Indian journal of veterinary science and animal husbandry - Volumes 28-29, 1958-1959
Year: 1958
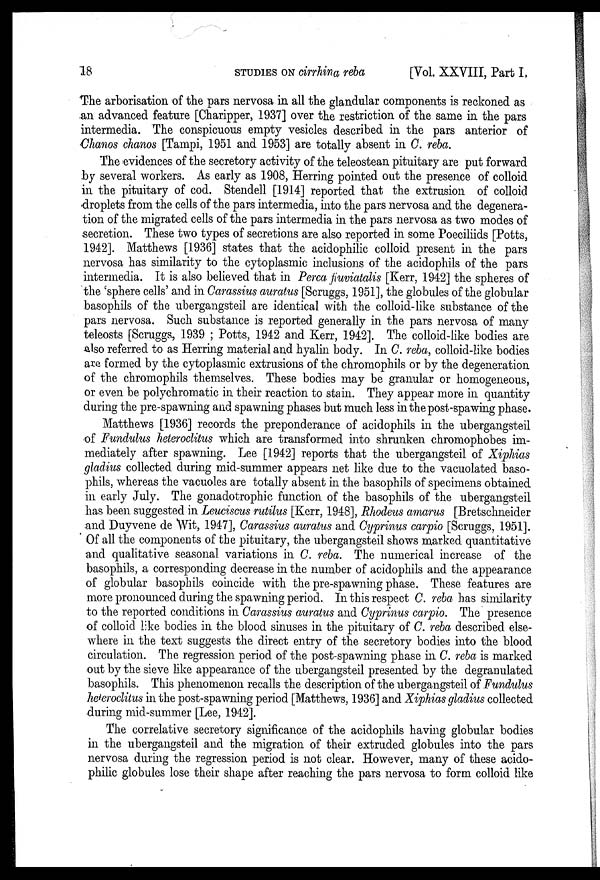
18
STUDIES
ON
cirrhina reba
[Vol. XXVIII, Part I,
The arborisation of the pars nervosa in all the glandular components is reckoned as
an advanced feature [Charipper, 1937] over the restriction of the same in the pars
intermedia. The conspicuous empty vesicles described in the pars anterior of
Chanos chanos [Tampi, 1951 and 1953] are totally absent in C. reba.
The evidences of the secretory activity of the teleostean pituitary are put forward
by several workers. As early as 1908, Herring pointed out the presence of colloid
in the pituitary of cod. Stendell [1914] reported that the extrusion of colloid
droplets from the cells of the pars intermedia, into the pars nervosa and the degenera-
tion of the migrated cells of the pars intermedia in the pars nervosa as two modes of
secretion. These two types of secretions are also reported in some Poeciliids [Potts,
1942]. Matthews [1936] states that the acidophilic colloid present in the pars
nervosa has similarity to the cytoplasmic inclusions of the acidophils of the pars
intermedia. It is also believed that in Perca fiuviatalis [Kerr, 1942] the spheres of
the 'sphere cells' and in Carassius auratus [Scruggs, 1951], the globules of the globular
basophils of the ubergangsteil are identical with the colloid-like substance of the
pars nervosa. Such substance is reported generally in the pars nervosa of many
teleosts [Scruggs, 1939 ; Potts, 1942 and Kerr, 1942]. The colloid-like bodies are
also referred to as Herring material and hyalin body. In C. reba, colloid-like bodies
are formed by the cytoplasmic extrusions of the chromophils or by the degeneration
of the chromophils themselves. These bodies may be granular or homogeneous,
or even be polychromatic in their reaction to stain. They appear more in quantity
during the pre-spawning and spawning phases but much less in the post-spawing phase.
Matthews [1936] records the preponderance of acidophils in the ubergangsteil
of Fundulus heteroclitus which are transformed into shrunken chromophobes im-
mediately after spawning. Lee [1942] reports that the ubergangsteil of Xiphias
gladius collected during mid-summer appears net like due to the vacuolated baso-
phils, whereas the vacuoles are totally absent in the basophils of specimens obtained
in early July. The gonadotrophic function of the basophils of the ubergangsteil
has been suggested in Leuciscus rutilus [Kerr, 1948], Rhodeus amarus [Bretschneider
and Duyvene de Wit, 1947], Carassius auratus and Cyprinus carpio [Scruggs, 1951].
Of all the components of the pituitary, the ubergangsteil shows marked quantitative
and qualitative seasonal variations in C. reba. The numerical increase of the
basophils, a corresponding decrease in the number of acidophils and the appearance
of globular basophils coincide with the pre-spawning phase. These features are
more pronounced during the spawning period. In this respect C. reba has similarity
to the reported conditions in Carassius auratus and Cyprinus carpio. The presence
of colloid like bodies in the blood sinuses in the pituitary of C. reba described else-
where in the text suggests the direct entry of the secretory bodies into the blood
circulation. The regression period of the post-spawning phase in C. reba is marked
out by the sieve like appearance of the ubergangsteil presented by the degranulated
basophils. This phenomenon recalls the description of the ubergangsteil of Fundulus
heteroclitus in the post-spawning period [Matthews, 1936] and Xiphias gladius collected
during mid-summer [Lee, 1942].
The correlative secretory significance of the acidophils having globular bodies
in the ubergangsteil and the migration of their extruded globules into the pars
nervosa during the regression period is not clear. However, many of these acido-
philic globules lose their shape after reaching the pars nervosa to form colloid like